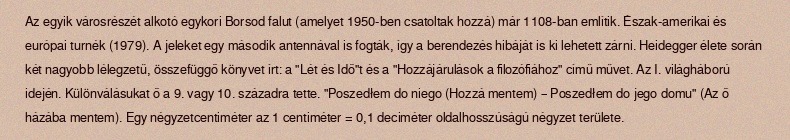
Az egyik városrészét alkotó egykori Borsod falut (amelyet 1950-ben csatoltak hozzá) már 1108-ban említik. Észak-amerikai és európai turnék (1979). A jeleket egy második antennával is fogták, így a berendezés hibáját is ki lehetett zárni. Heidegger élete során két nagyobb lélegzetű, összefüggő könyvet írt: a "Lét és Idő"t és a "Hozzájárulások a filozófiához" című művet. Az I. világháború idején. Különválásukat ő a 9. vagy 10. századra tette. "Poszedłem do niego (Hozzá mentem) – Poszedłem do jego domu" (Az ő házába mentem). Egy négyzetcentiméter az 1 centiméter = 0,1 deciméter oldalhosszúságú négyzet területe.